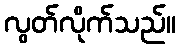
လွတ်လိုက်သည်။